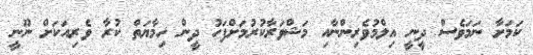
ކަމަށާ ނަމަވެސް ދީނީ އިލްމުވެރިންނާއި މަޝްވަރާކުރުމަށްފަހު ދީން ހިމާޔަތް ކުރާ ވެރިއަކަށް ނޫނީ